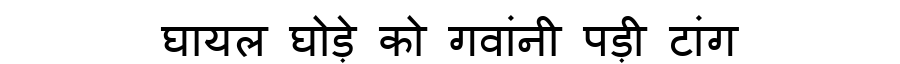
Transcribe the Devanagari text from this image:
घायल घोड़े को गवांनी पड़ी टांग